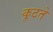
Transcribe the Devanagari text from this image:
कूटते